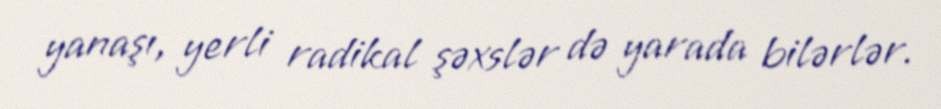
yanaşı, yerli radikal şəxslər də yarada bilərlər.